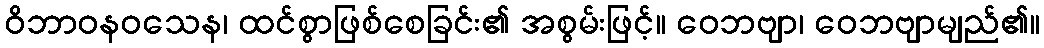
ဝိဘာဝနဝသေန၊ ထင်စွာဖြစ်စေခြင်း၏ အစွမ်းဖြင့်။ ဝေဘဗျာ၊ ဝေဘဗျာမျည်၏။